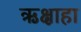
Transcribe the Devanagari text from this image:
ऋक्षाहा